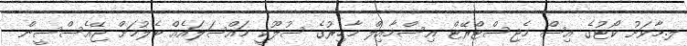
ލ.މާވަށު ކޯޓުގެ އިސް މެޖިސްޓްރޭޓް އިސްމާއިލް މާހިރުގެ ސުލޫކީ މައްސަލައެއް ބެލުމަށް ޖޭއެސްސީން